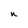
Character: n